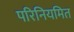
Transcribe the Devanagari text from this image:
परिनियमित